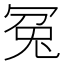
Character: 冤